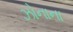
ઝોનાના